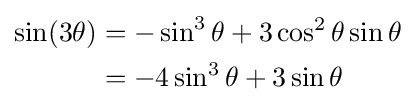
{\begin{aligned}\sin(3\theta )&=-\sin ^{3}\theta +3\cos ^{2}\theta \sin \theta \\&=-4\sin ^{3}\theta +3\sin \theta \end{aligned}}